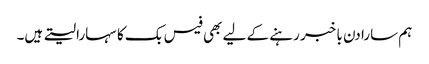
ہم سارا دن با خبر رہنے کے لیے بھی فیس بک کا سہارا لیتے ہیں۔